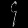
Digit: ၄